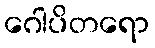
ဂေါပိတရော